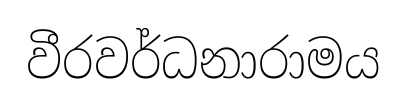
වීරවර්ධනාරාමය